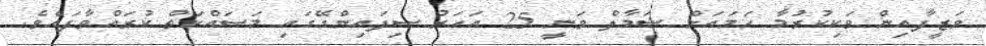
ވަޒީފާއިން ވަކިކުރުމާ ހަމައަށް ޝަމާލް ވަނީ 25 އަހަރު ސިފައިންގޭގައި މަސައްކަތް ކުރައްވާފައެވެ.